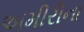
અમીરીના